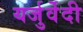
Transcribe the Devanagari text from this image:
यर्जुर्वेेदी